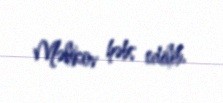
Məlikov həbs edilib.